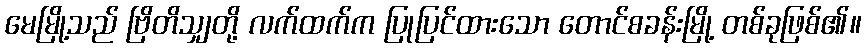
မေမြို့သည် ဗြိတိသျှတို့ လက်ထက်က ပြုပြင်ထားသော တောင်စခန်းမြို့ တစ်ခုဖြစ်၏။